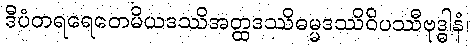
ဒီပံတရရေတေမိယဒဿိအတ္ထဒဿိဓမ္မဒဿိဝိပဿီဗုဒ္ဓါနံ၊